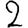
Digit: 2